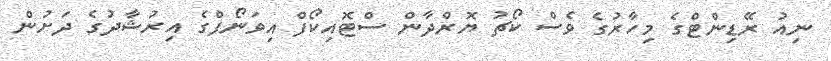
ނިއު ރޭޑިންޓްގެ މިހާރުގެ ވެސް ކޯޗު ޔޮރްދާން ސްޓޮއިކޯފް އިވަނޯފްގެ އިރުޝާދުގެ ދަށުން